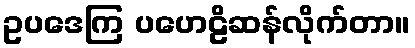
ဥပဒေကြ ပဟေဠိဆန်လိုက်တာ။